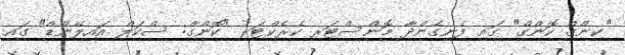
"ކިންގް ކޮންގް" ގައި ފެނިގެންދާ މޮންސްޓަރ ކެރެކްޓަރ "ކޮންގް: ސްކަލް އައިލޭންޑް" ގައި